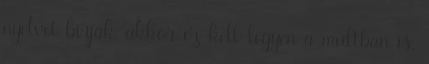
nyelvet birják, akkor ez kell legyen a multban is.